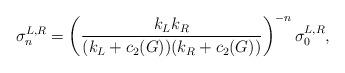
LaTeX: \begin{align*}\sigma_n^{L,R}=\left({k_Lk_R\over (k_L+c_2(G))(k_R+c_2(G))}\right)^{-n}\sigma^{L,R}_0,\end{align*}